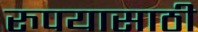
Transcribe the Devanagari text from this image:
रुपयासाठी